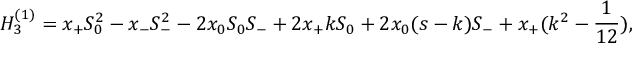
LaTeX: H _ { 3 } ^ { ( 1 ) } = x _ { + } S _ { 0 } ^ { 2 } - x _ { - } S _ { - } ^ { 2 } - 2 x _ { 0 } S _ { 0 } S _ { - } + 2 x _ { + } k S _ { 0 } + 2 x _ { 0 } ( s - k ) S _ { - } + x _ { + } ( k ^ { 2 } - \frac { 1 } { 1 2 } ) ,